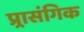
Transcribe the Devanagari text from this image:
प्र्रासंगिक